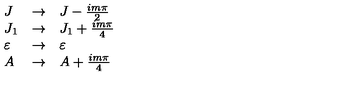
\begin{array} { l l l } { J } & { \rightarrow } & { J - { \frac { i m \pi } { 2 } } } \\ { J _ { 1 } } & { \rightarrow } & { J _ { 1 } + { \frac { i m \pi } { 4 } } } \\ { \varepsilon } & { \rightarrow } & { \varepsilon } \\ { A } & { \rightarrow } & { A + { \frac { i m \pi } { 4 } } } \\ \end{array}